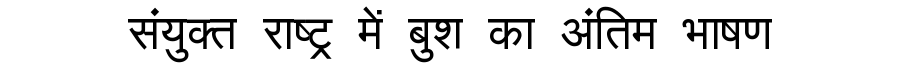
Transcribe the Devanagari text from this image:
संयुक्त राष्ट्र में बुश का अंतिम भाषण